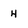
Character: 4